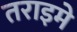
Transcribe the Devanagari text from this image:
तराइमे